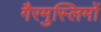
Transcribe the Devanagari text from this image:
गैरमुस्लिमों